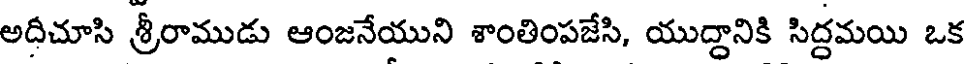
అదీచూసి శ్రీరాముడు ఆంజనేయుని శాంతింపజేసి, యుద్దానికి సిద్దమయి ఒక